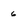
Character: 6